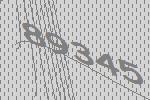
89345